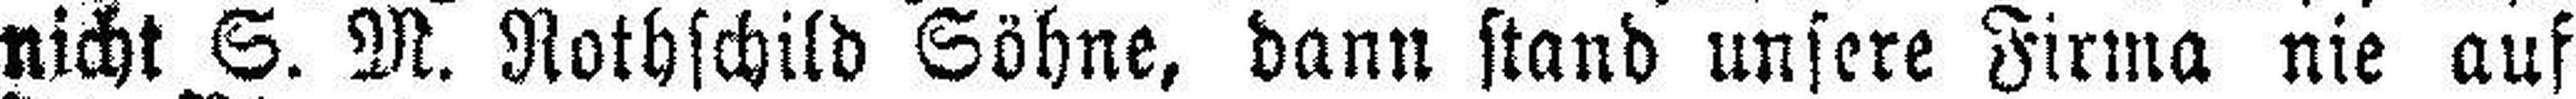
nicht S. M. Rothschild Söhne, dann stand unsere Firma nie auf